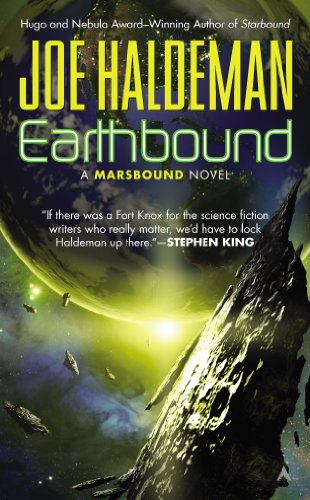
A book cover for Earthbound (Marsbound); Joe Haldeman; Science Fiction & Fantasy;